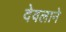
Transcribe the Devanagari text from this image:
देवलाने